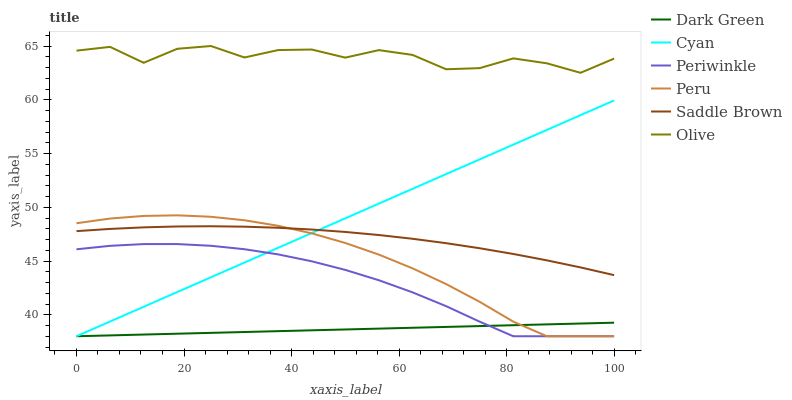
| xaxis_label | Dark Green | Cyan | Periwinkle | Peru | Saddle Brown | Olive |
 | --- | --- | --- | --- | --- | --- | --- |
 | 0 | 38 | 38 | 46.1 | 48.5 | 47.8 | 64.6 |
 | 6.25 | 38.1 | 39.4 | 46.4 | 48.9 | 48 | 64.9 |
 | 12.5 | 38.2 | 40.7 | 46.6 | 49.2 | 48.1 | 63.4 |
 | 18.8 | 38.2 | 42.1 | 46.6 | 49.2 | 48.2 | 64.7 |
 | 25 | 38.3 | 43.5 | 46.4 | 49.1 | 48.2 | 65 |
 | 31.2 | 38.4 | 44.9 | 46.1 | 48.8 | 48.2 | 63.9 |
 | 37.5 | 38.5 | 46.2 | 45.6 | 48.3 | 48.1 | 64.6 |
 | 43.8 | 38.6 | 47.6 | 45 | 47.6 | 47.9 | 64.7 |
 | 50 | 38.6 | 49 | 44.2 | 46.7 | 47.7 | 63.9 |
 | 56.2 | 38.7 | 50.3 | 43.2 | 45.6 | 47.4 | 64.6 |
 | 62.5 | 38.8 | 51.7 | 42.1 | 44.3 | 47.1 | 64.2 |
 | 68.8 | 38.9 | 53.1 | 40.8 | 42.9 | 46.7 | 62.8 |
 | 75 | 38.9 | 54.5 | 39.4 | 41.2 | 46.2 | 62.9 |
 | 81.2 | 39 | 55.8 | 38 | 39.4 | 45.7 | 63.8 |
 | 87.5 | 39.1 | 57.2 | 38 | 38 | 45.1 | 63.4 |
 | 93.8 | 39.2 | 58.6 | 38 | 38 | 44.4 | 62.5 |
 | 100 | 39.3 | 59.9 | 38 | 38 | 43.7 | 63.8 |